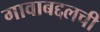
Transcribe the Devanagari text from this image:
गावाबद्दलची